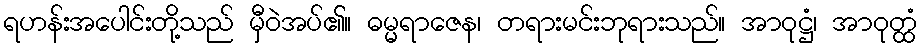
ရဟန်းအပေါင်းတို့သည် မှီဝဲအပ်၏။ ဓမ္မရာဇေန၊ တရားမင်းဘုရားသည်။ အာဝုဋ္ဌံ၊ အာဝုတ္ထံ